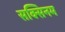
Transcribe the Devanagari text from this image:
सक्सिनम